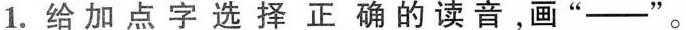
1.给加点字选择正确的读音，画”——”。